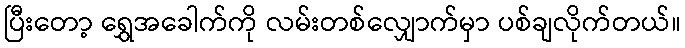
ပြီးတော့ ရွှေအခေါက်ကို လမ်းတစ်လျှောက်မှာ ပစ်ချလိုက်တယ်။